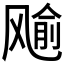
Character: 𱃞